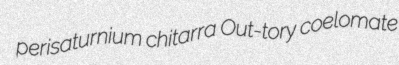
perisaturnium chitarra Out-tory coelomate